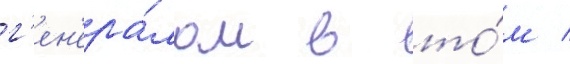
г'ен'ера́лом в то́м /